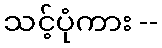
သင့်ပုံကား --